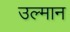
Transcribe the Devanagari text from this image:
उल्मान